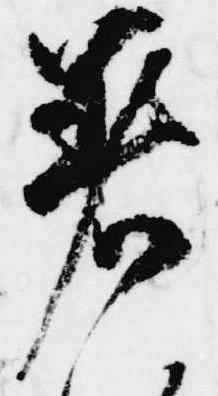
着